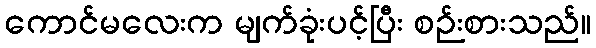
ကောင်မလေးက မျက်ခုံးပင့်ပြီး စဉ်းစားသည်။